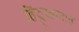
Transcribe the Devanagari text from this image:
हिंदूस्तानात